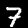
Digit: 7